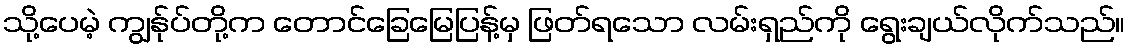
သို့ပေမဲ့ ကျွန်ုပ်တို့က တောင်ခြေမြေပြန့်မှ ဖြတ်ရသော လမ်းရှည်ကို ရွေးချယ်လိုက်သည်။